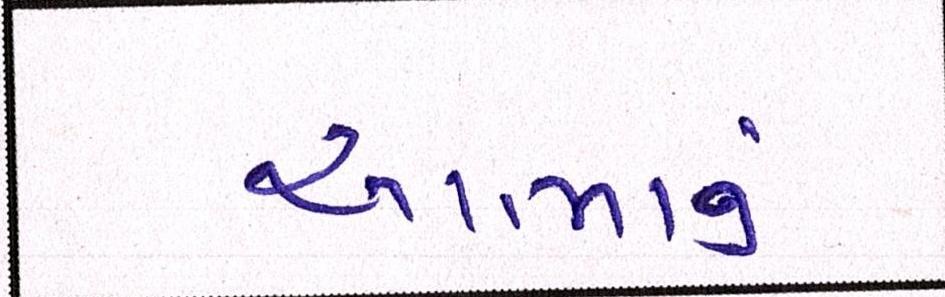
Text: આત્માનું